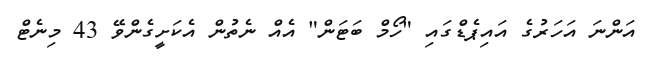
އަންނަ އަހަރުގެ އައިޕެޑްގައި "ހޯމް ބަޓަން" އެއް ނެތުން އެކަށީގެންވޭ 43 މިނެޓް